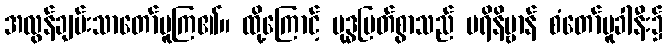
အလွန်ချမ်းသာတော်မူကြ၏။ ထို့ကြောင့် ဗုဒ္ဓမြတ်စွာသည် ပရိနိဗ္ဗာန် စံတော်မူခါနီး၌